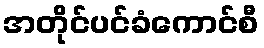
အတိုင်ပင်ခံကောင်စီ